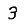
Digit: 3